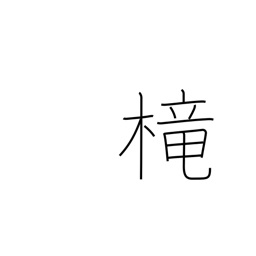
Meaning: cage